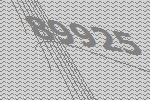
89925